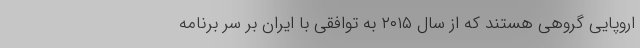
اروپایی گروهی هستند که از سال ۲۰۱۵ به توافقی با ایران بر سر برنامه